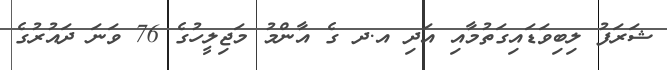
ޝަރަފު ލިބިވަޑައިގަތުމާއި އަދި އ.ދ ގެ އާންމު މަޖިލީހުގެ 76 ވަނަ ދައުރުގެ